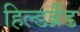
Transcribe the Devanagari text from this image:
हिल्डब्रैंड